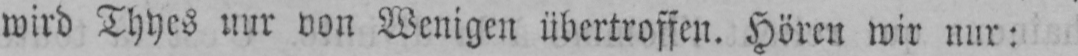
wird Thyes nur von Wenigen übertroffen. Hören wir nur: